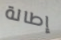
إطالة